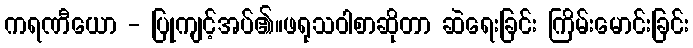
ကရဏီယော - ပြုကျင့်အပ်၏။ဖရုသဝါစာဆိုတာ ဆဲရေးခြင်း ကြိမ်းမောင်းခြင်း